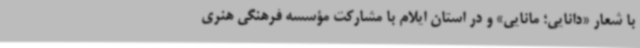
با شعار «دانایی؛ مانایی» و در استان ایلام با مشارکت مؤسسه فرهنگی هنری